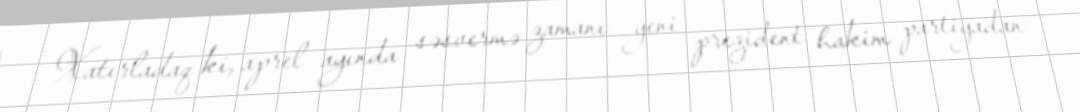
Xatırladaq ki, aprel ayında səsvermə zamanı yeni prezident hakim partiyadan